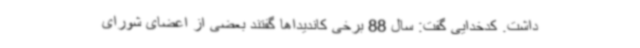
داشت. کدخدایی گفت: سال 88 برخی کاندیداها گفتند بعضی از اعضای شورای